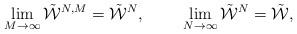
LaTeX: \begin{align*}\lim_{M\rightarrow\infty}\tilde{\mathcal{W}}^{N,M}= \tilde{\mathcal{W}}^{N},\ \ \ \ \ \ \ \lim_{N\rightarrow\infty}\tilde{\mathcal{W}}^{N} = \tilde{\mathcal{W}}, \end{align*}